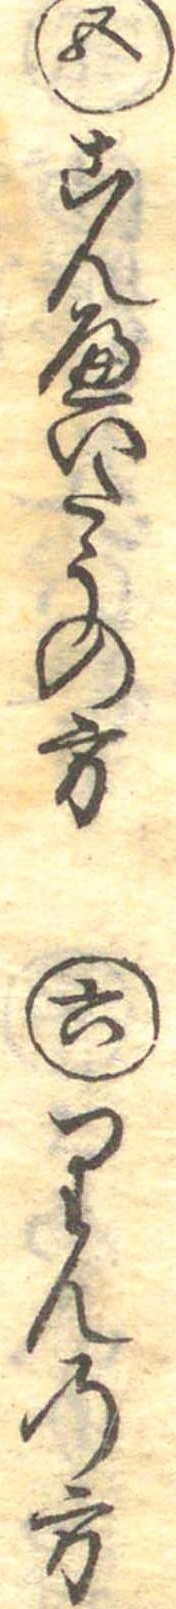
五こんへいたうの方六りんの方